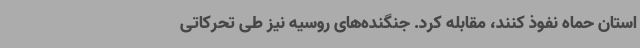
استان حماه نفوذ کنند، مقابله کرد. جنگنده‌های روسیه نیز طی تحرکاتی